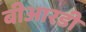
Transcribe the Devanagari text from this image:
बीआरडी